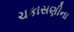
ચકાસણીના